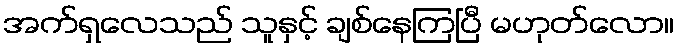
အက်ရှလေသည် သူနှင့် ချစ်နေကြပြီ မဟုတ်လော။